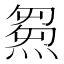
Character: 𤌉